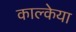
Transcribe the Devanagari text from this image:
काल्केया